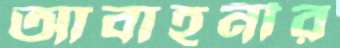
আবাহনীর